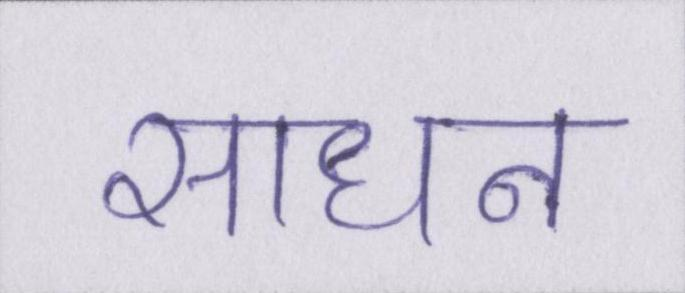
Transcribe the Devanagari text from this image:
साधन